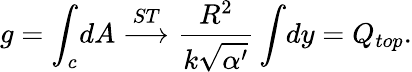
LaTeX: g=\int_{c}\! dA\stackrel{ST}{\longrightarrow}\frac{R^{2}}{k\sqrt{\alpha^{\prime}}}\int\! dy=Q_{top}.